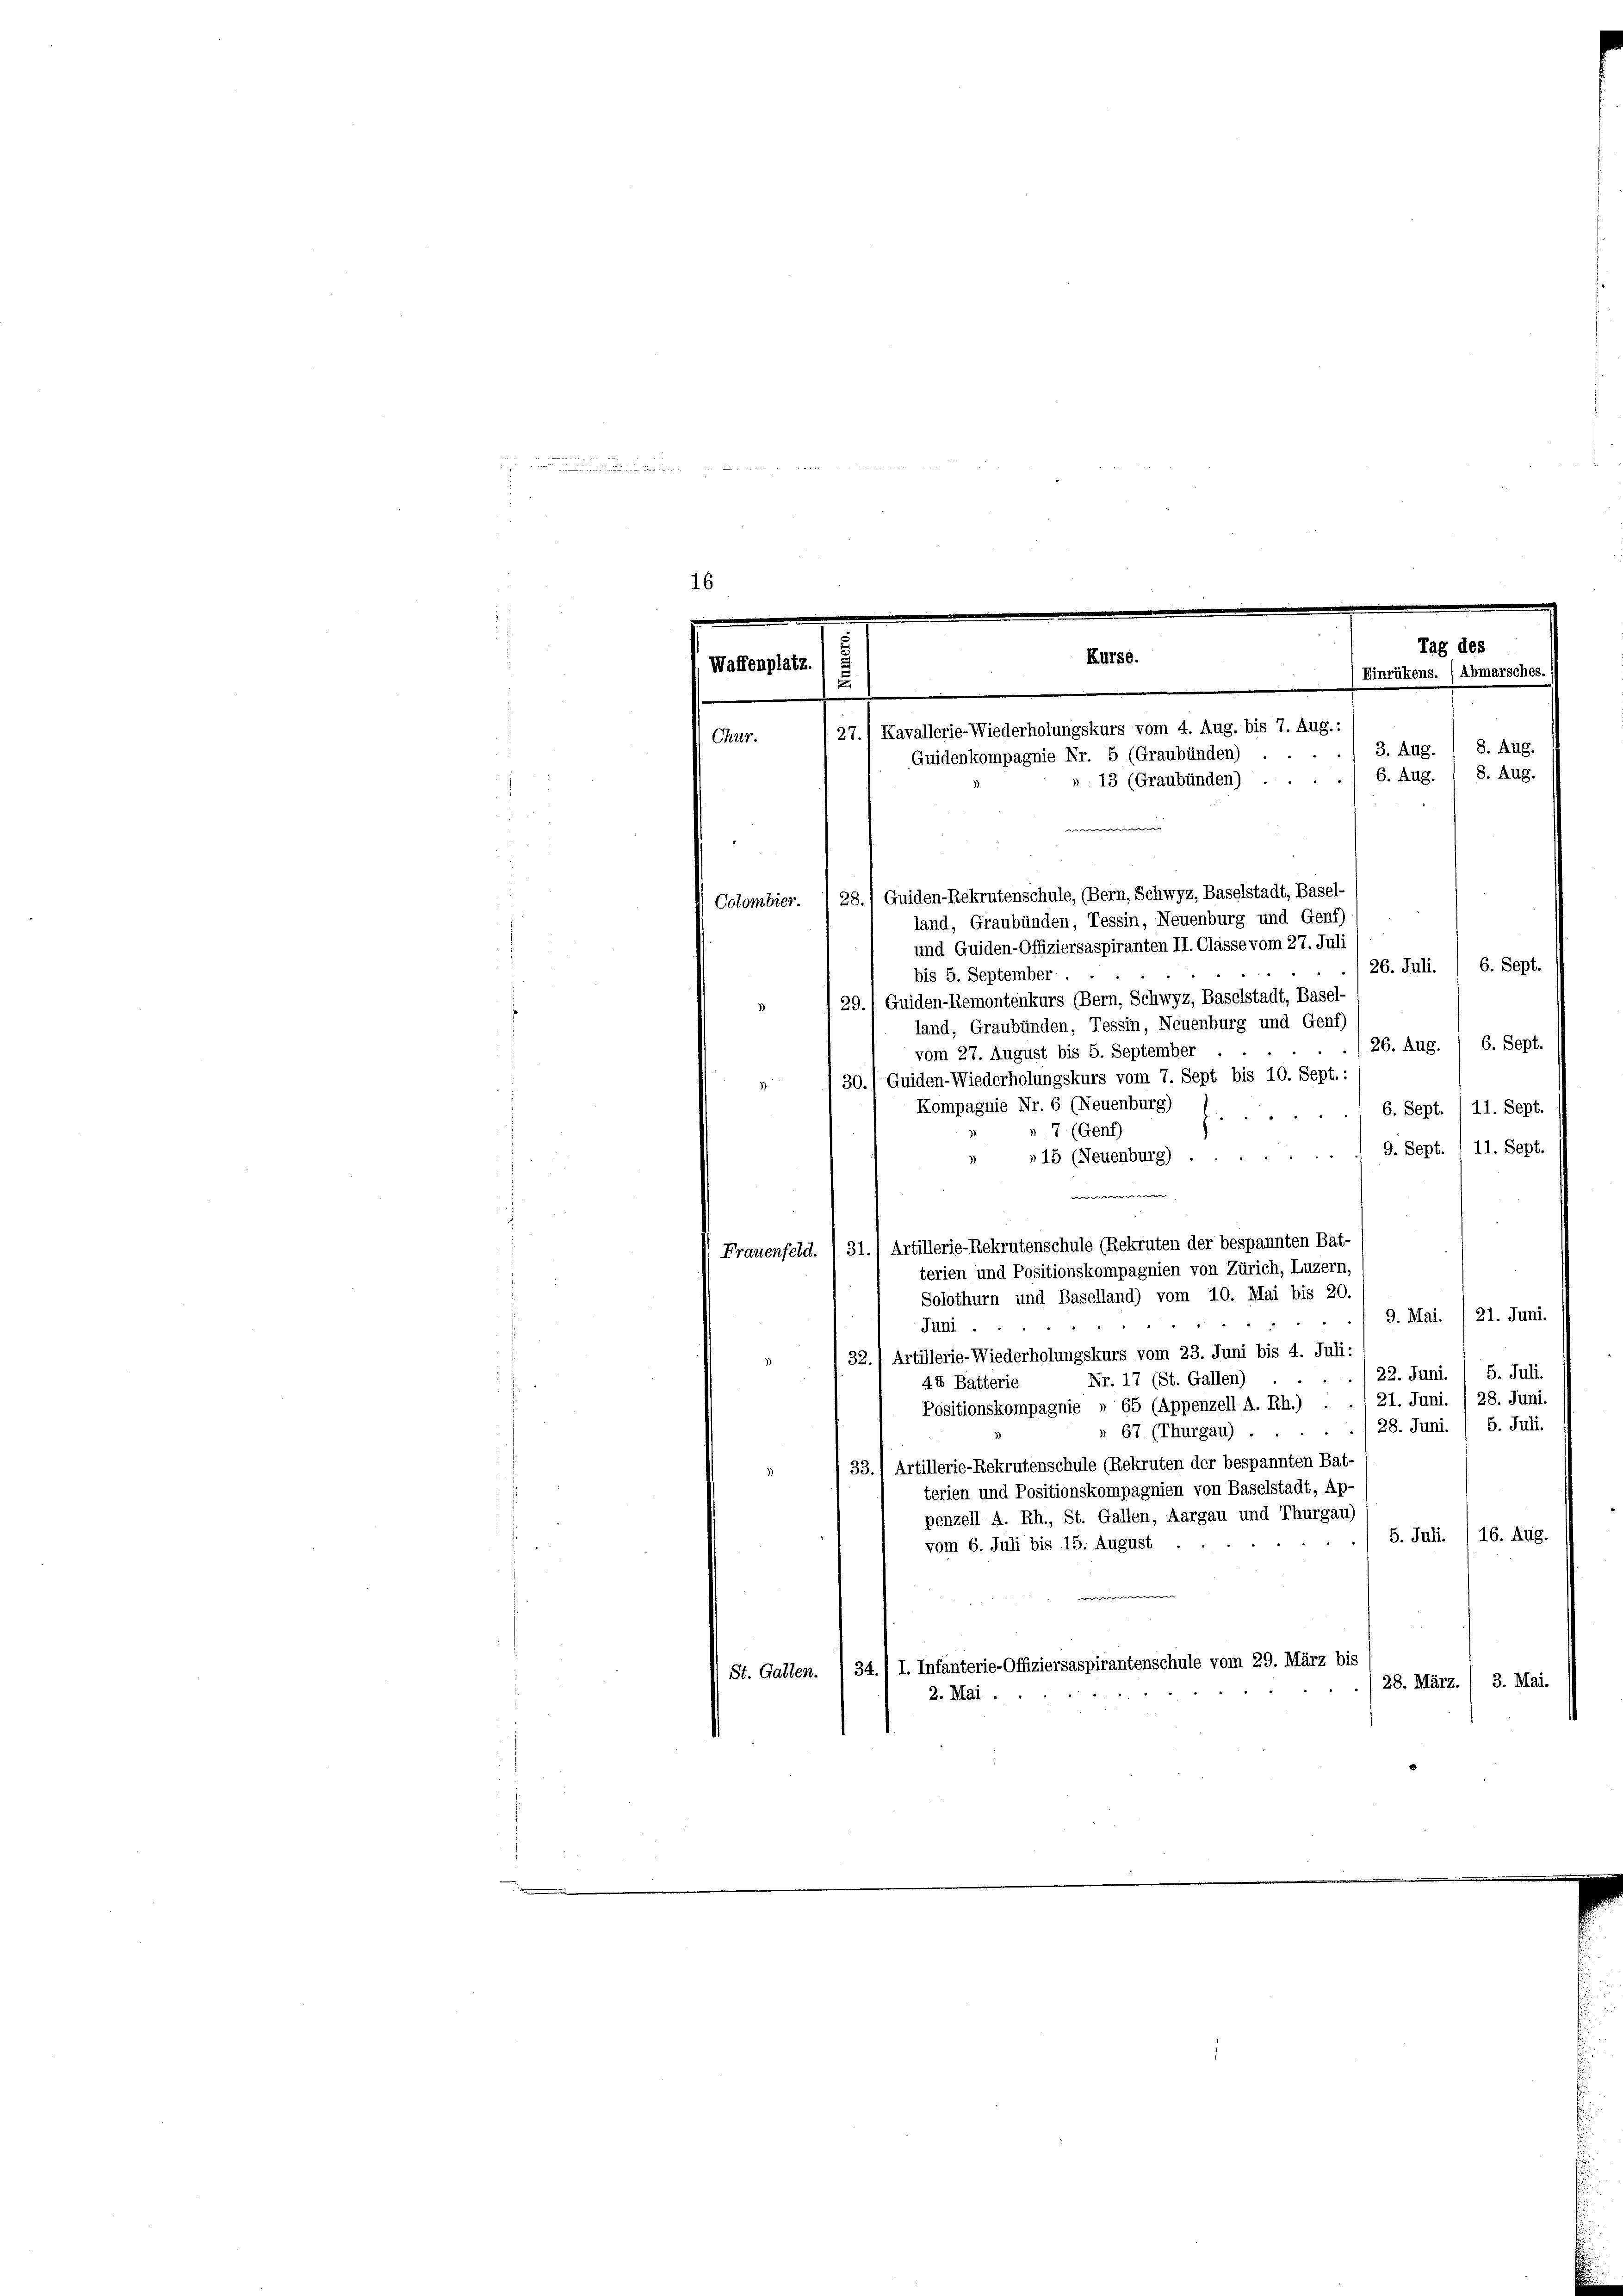
f
¬

Colombier. I 28.) Guiden-Rekrutenschule, (Bern, Schwyz, Baselstadt, Basel-
land, Graubünden, Tessin, Neuenburg und Genf)
und Quiden-Offiziersaspiranten II. Classe vom 27. Juli
6. Sept.
26. Juli.
bis 5. September.
29.1 Guiden-Remontenkurs (Bern, Schwyz, Baselstadt, Basel-
land, Graubünden, Tessin, Neuenburg und Genf)
26. Aug. / 6. Sept.
vom 27. August bis 5. September
30.) Guiden-Wiederholungskurs vom 7. Sept bis 10. Sept.:
e
Kompagnie Nr. 6 (Neuenburg) 1., 6. Sept./11. Sept.
 7 (Genf)
»15 (Neuenburg) 9. Sept. 111. Sept.
w
Frauenfeld. /31.) Artillerie-Rekrutenschule (Rekruten der bespannten Bat-
terien und Positionskompagnien von Zürich, Luzern,
Solothurn und Baselland) vom 10. Mai bis 20.
9. Mai. / 21. Juni.
Juni
32.) Artillerie-Wiederholungskurs vom 23. Juni bis 4. Juli:
 22. Juni. / 5. Juli
Nr. 17 (St. Gallen)
44 Batterie
Positionskompagnie » 65 (Appenzell A. Rh.) . . / 21. Juni. / 28. Juni.
28. Juni / 5. Juli.
» 67 (Thurgau) ...
33.) Artillerie-Rekrutenschule (Rekruten der bespannten Bat-
terien und Positionskompagnien von Baselstadt, Ap-
penzell A. Rh., St. Gallen, Aargau und Thurgau)
5. Juli. /16. Aug.
vom 6. Juli bis 15. August .
 St. Gallen. / 34. / I. Infanterie-Offiziersaspirantenschule vom 29. März bis
28. März. / 3. Mai.
2. Mai .

16
Tag des
Kurse.
Waffenplatz
Einrükens. (Abmarsches.
u
/27.) Kavallerie-Wiederholungskurs vom 4. Aug. bis 7. Aug.:
Chur.
3. Aug. 1 8. Aug.
Guidenkompagnie Nr. 5 (Graubünden)
8. Aug.
6. Aug.
». 13 (Graubünden)
d